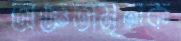
অজ্ঞতামূলক